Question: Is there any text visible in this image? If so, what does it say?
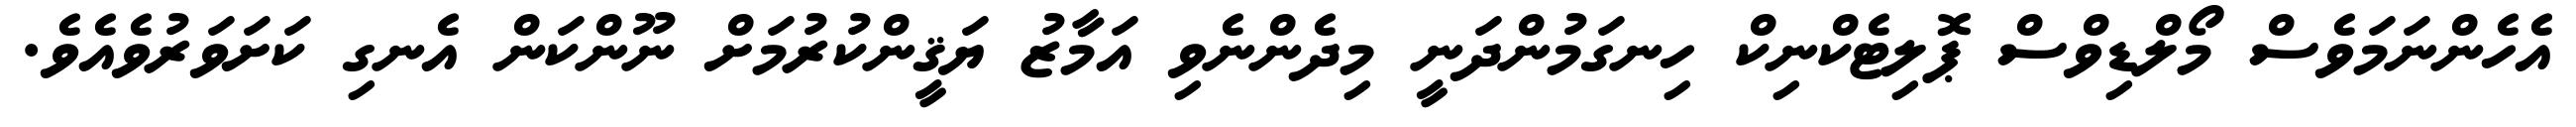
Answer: އެހެންނަމަވެސް މޯލްޑިވްސް ޕޮލިޓެކްނިކް ހިނގަމުންދަނީ މިދެންނެވި އަމާޒު ޔަޤީންކުރުމަށް ނޫންކަން އެނގި ކަށަވަރުވެއެވެ.